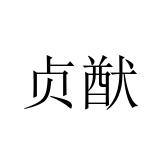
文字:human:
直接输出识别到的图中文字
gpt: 贞猷